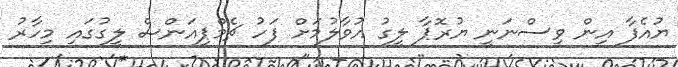
ޔުއެފާ އިން ވިސްނަނީ ޔުރޮޕާ ލީގު އުވާލުމަށް ފަހު ޗެމްޕިއަންސް ލީގުގައި މިހާރު